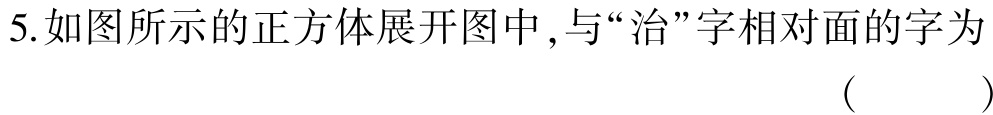
5.如图所示的正方体展开图中,与“治”字相对面的字为 （  ）